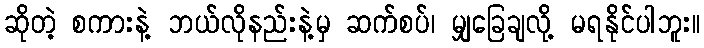
ဆိုတဲ့ စကားနဲ့ ဘယ်လိုနည်းနဲ့မှ ဆက်စပ်၊ မျှခြေချလို့ မရနိုင်ပါဘူး။